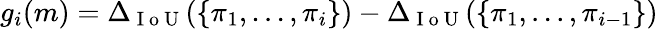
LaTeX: g_{i}(m)=\Delta_{\mathrm{~I~o~U~}}(\{ \pi_{1},...,\pi_{i}\} )-\Delta_{\mathrm{~I~o~U~}}(\{ \pi_{1},...,\pi_{i-1}\} )